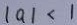
\vert a \vert < 1